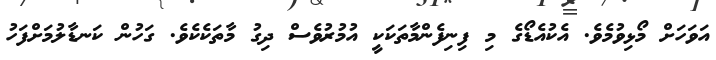
އަވަހަށް މޯޅިވުމެވެ. އެކުއެޑޯގެ މި ފިނިފެންމާތަކަކީ އުމުރުވެސް ދިގު މާތަކެކެވެ. ގަހުން ކަނޑާލުމަށްފަހު